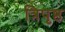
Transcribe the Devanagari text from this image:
त्रिपृष्ठ